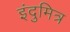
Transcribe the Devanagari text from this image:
इंदुमित्र